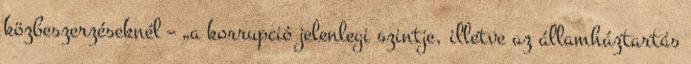
közbeszerzéseknél – „a korrupció jelenlegi szintje, illetve az államháztartás